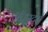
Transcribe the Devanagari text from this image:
ऑइस्टर्स